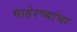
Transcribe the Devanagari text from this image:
माहेरच्यांचा